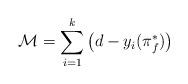
LaTeX: \begin{align*} \mathcal{M}=\sum_{i=1}^{k} \left(d-y_i(\pi_f^*)\right) \end{align*}